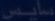
Transcribed